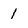
Character: 1